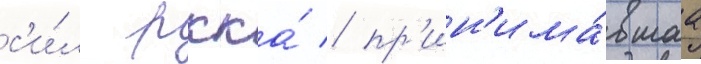
с'и́л ркка́ / пр'ин'има́вшаа